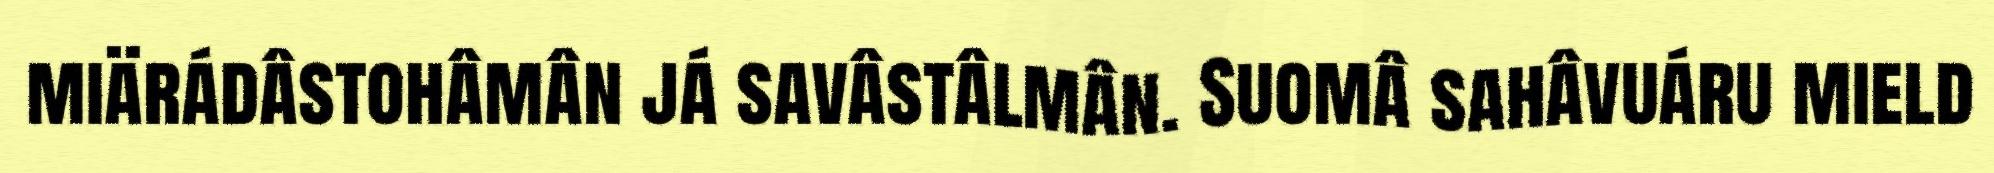
miärádâstohâmân já savâstâlmân. Suomâ sahâvuáru mield